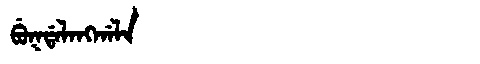
Manchu: ᠪᡠᡴᡩᠠᠯᠠᠩᡤᠠᠯᠠ
Romanization: BUKDALANGGALA